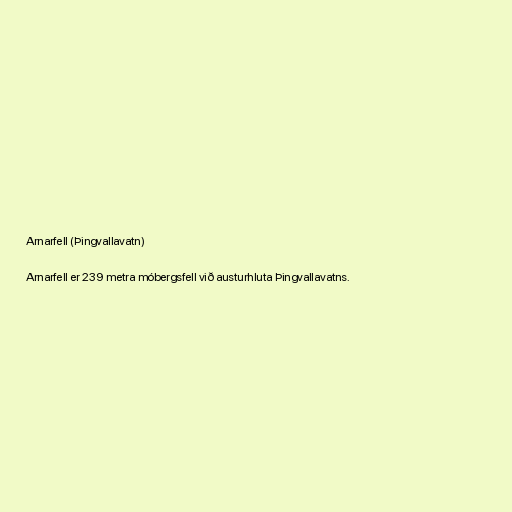
Arnarfell (Þingvallavatn)

Arnarfell er 239 metra móbergsfell við austurhluta Þingvallavatns.